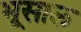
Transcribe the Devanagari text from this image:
भूसाल